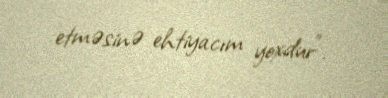
etməsinə ehtiyacım yoxdur”.